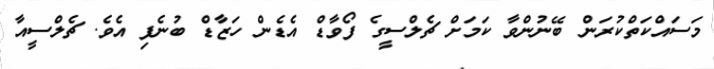
މަސައްކަތްކުރަން ބޭނުންވާ ކަމަށް ޗެލްސީގެ ފޯވާޑް އެޑެން ހަޒާޑް ބުނެފި އެވެ. ޗެލްސީއާ